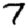
Digit: 7